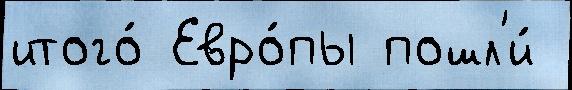
итого́ Евро́пы пошл'и́